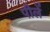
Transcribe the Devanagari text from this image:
पीलें